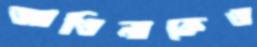
আঙিনাকেও